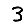
Digit: 3